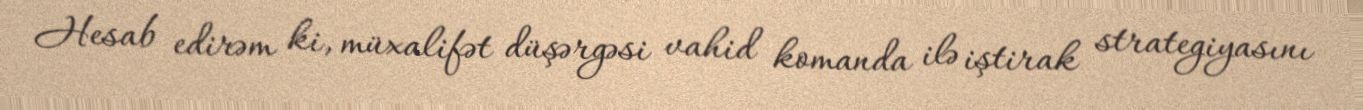
Hesab edirəm ki, müxalifət düşərgəsi vahid komanda ilə iştirak strategiyasını